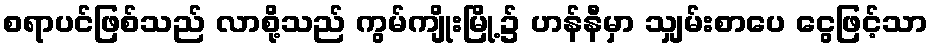
စရာပင်ဖြစ်သည် လာစို့သည် ကွမ်ကျိုးမြို့၌ ဟန်နီမှာ သျှမ်းစာပေ ငွေဖြင့်သာ